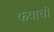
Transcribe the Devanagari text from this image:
कवाची